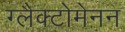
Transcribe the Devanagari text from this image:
ग्लैक्टोमेनन